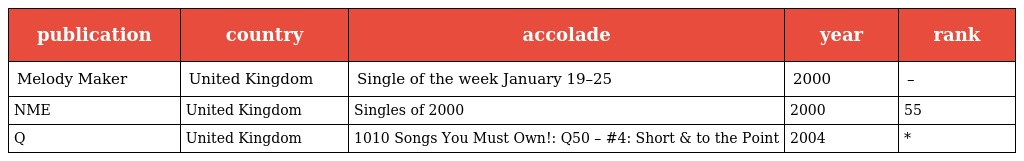
| publication | country | accolade | year | rank |
 | --- | --- | --- | --- | --- |
 | Melody Maker | United Kingdom | Single of the week January 19–25 | 2000 | – |
 | NME | United Kingdom | Singles of 2000 | 2000 | 55 |
 | Q | United Kingdom | 1010 Songs You Must Own!: Q50 – #4: Short & to the Point | 2004 | * |